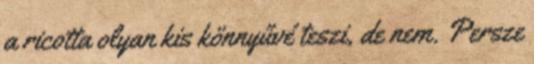
a ricotta olyan kis könnyűvé teszi, de nem. Persze